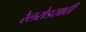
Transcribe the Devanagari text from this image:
रेलरोडसाठी